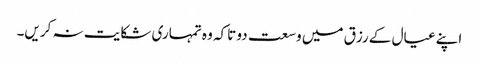
اپنے عیال کے رزق میں وسعت دو تاکہ وہ تمہاری شکایت نہ کریں۔